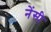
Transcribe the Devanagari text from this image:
नेंसी